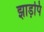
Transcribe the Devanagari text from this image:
झाड़पि